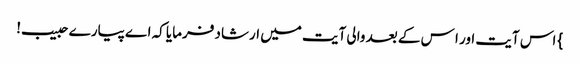
} اس آیت اور ا س کے بعد والی آیت میں ارشاد فرمایا کہ اے پیارے حبیب!